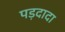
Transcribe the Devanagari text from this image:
पड़दादा